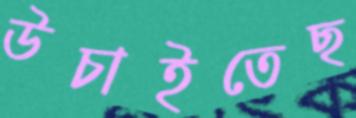
উচাইতেছ